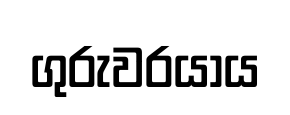
ගුරුවරයාය